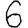
Digit: 6